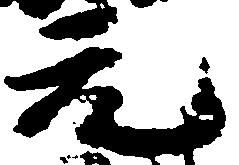
元